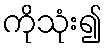
ကိုသုံး၍